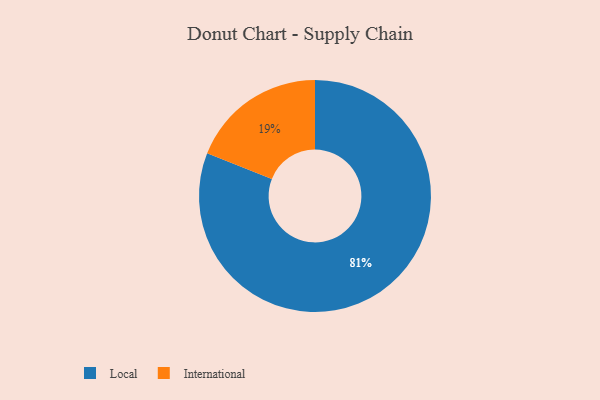
{"axis": {"x": "Category", "y": "Percentage"}, "legend": ["International", "Local"], "data": [{"x": "Local", "y": 81, "type": "Local"}, {"x": "International", "y": 19, "type": "International"}]}